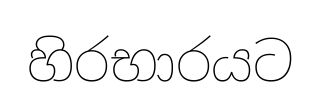
හිරභාරයට